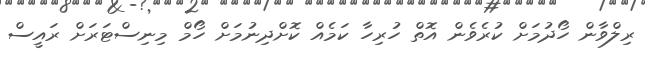
ރިލްވާން ހޯދުމަށް ކުރެވެން އޮތް ހުރިހާ ކަމެއް ކޮށްދިނުމަށް ހޯމް މިނިސްޓަރަށް ރައީސް